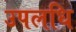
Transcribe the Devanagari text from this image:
उपलधि